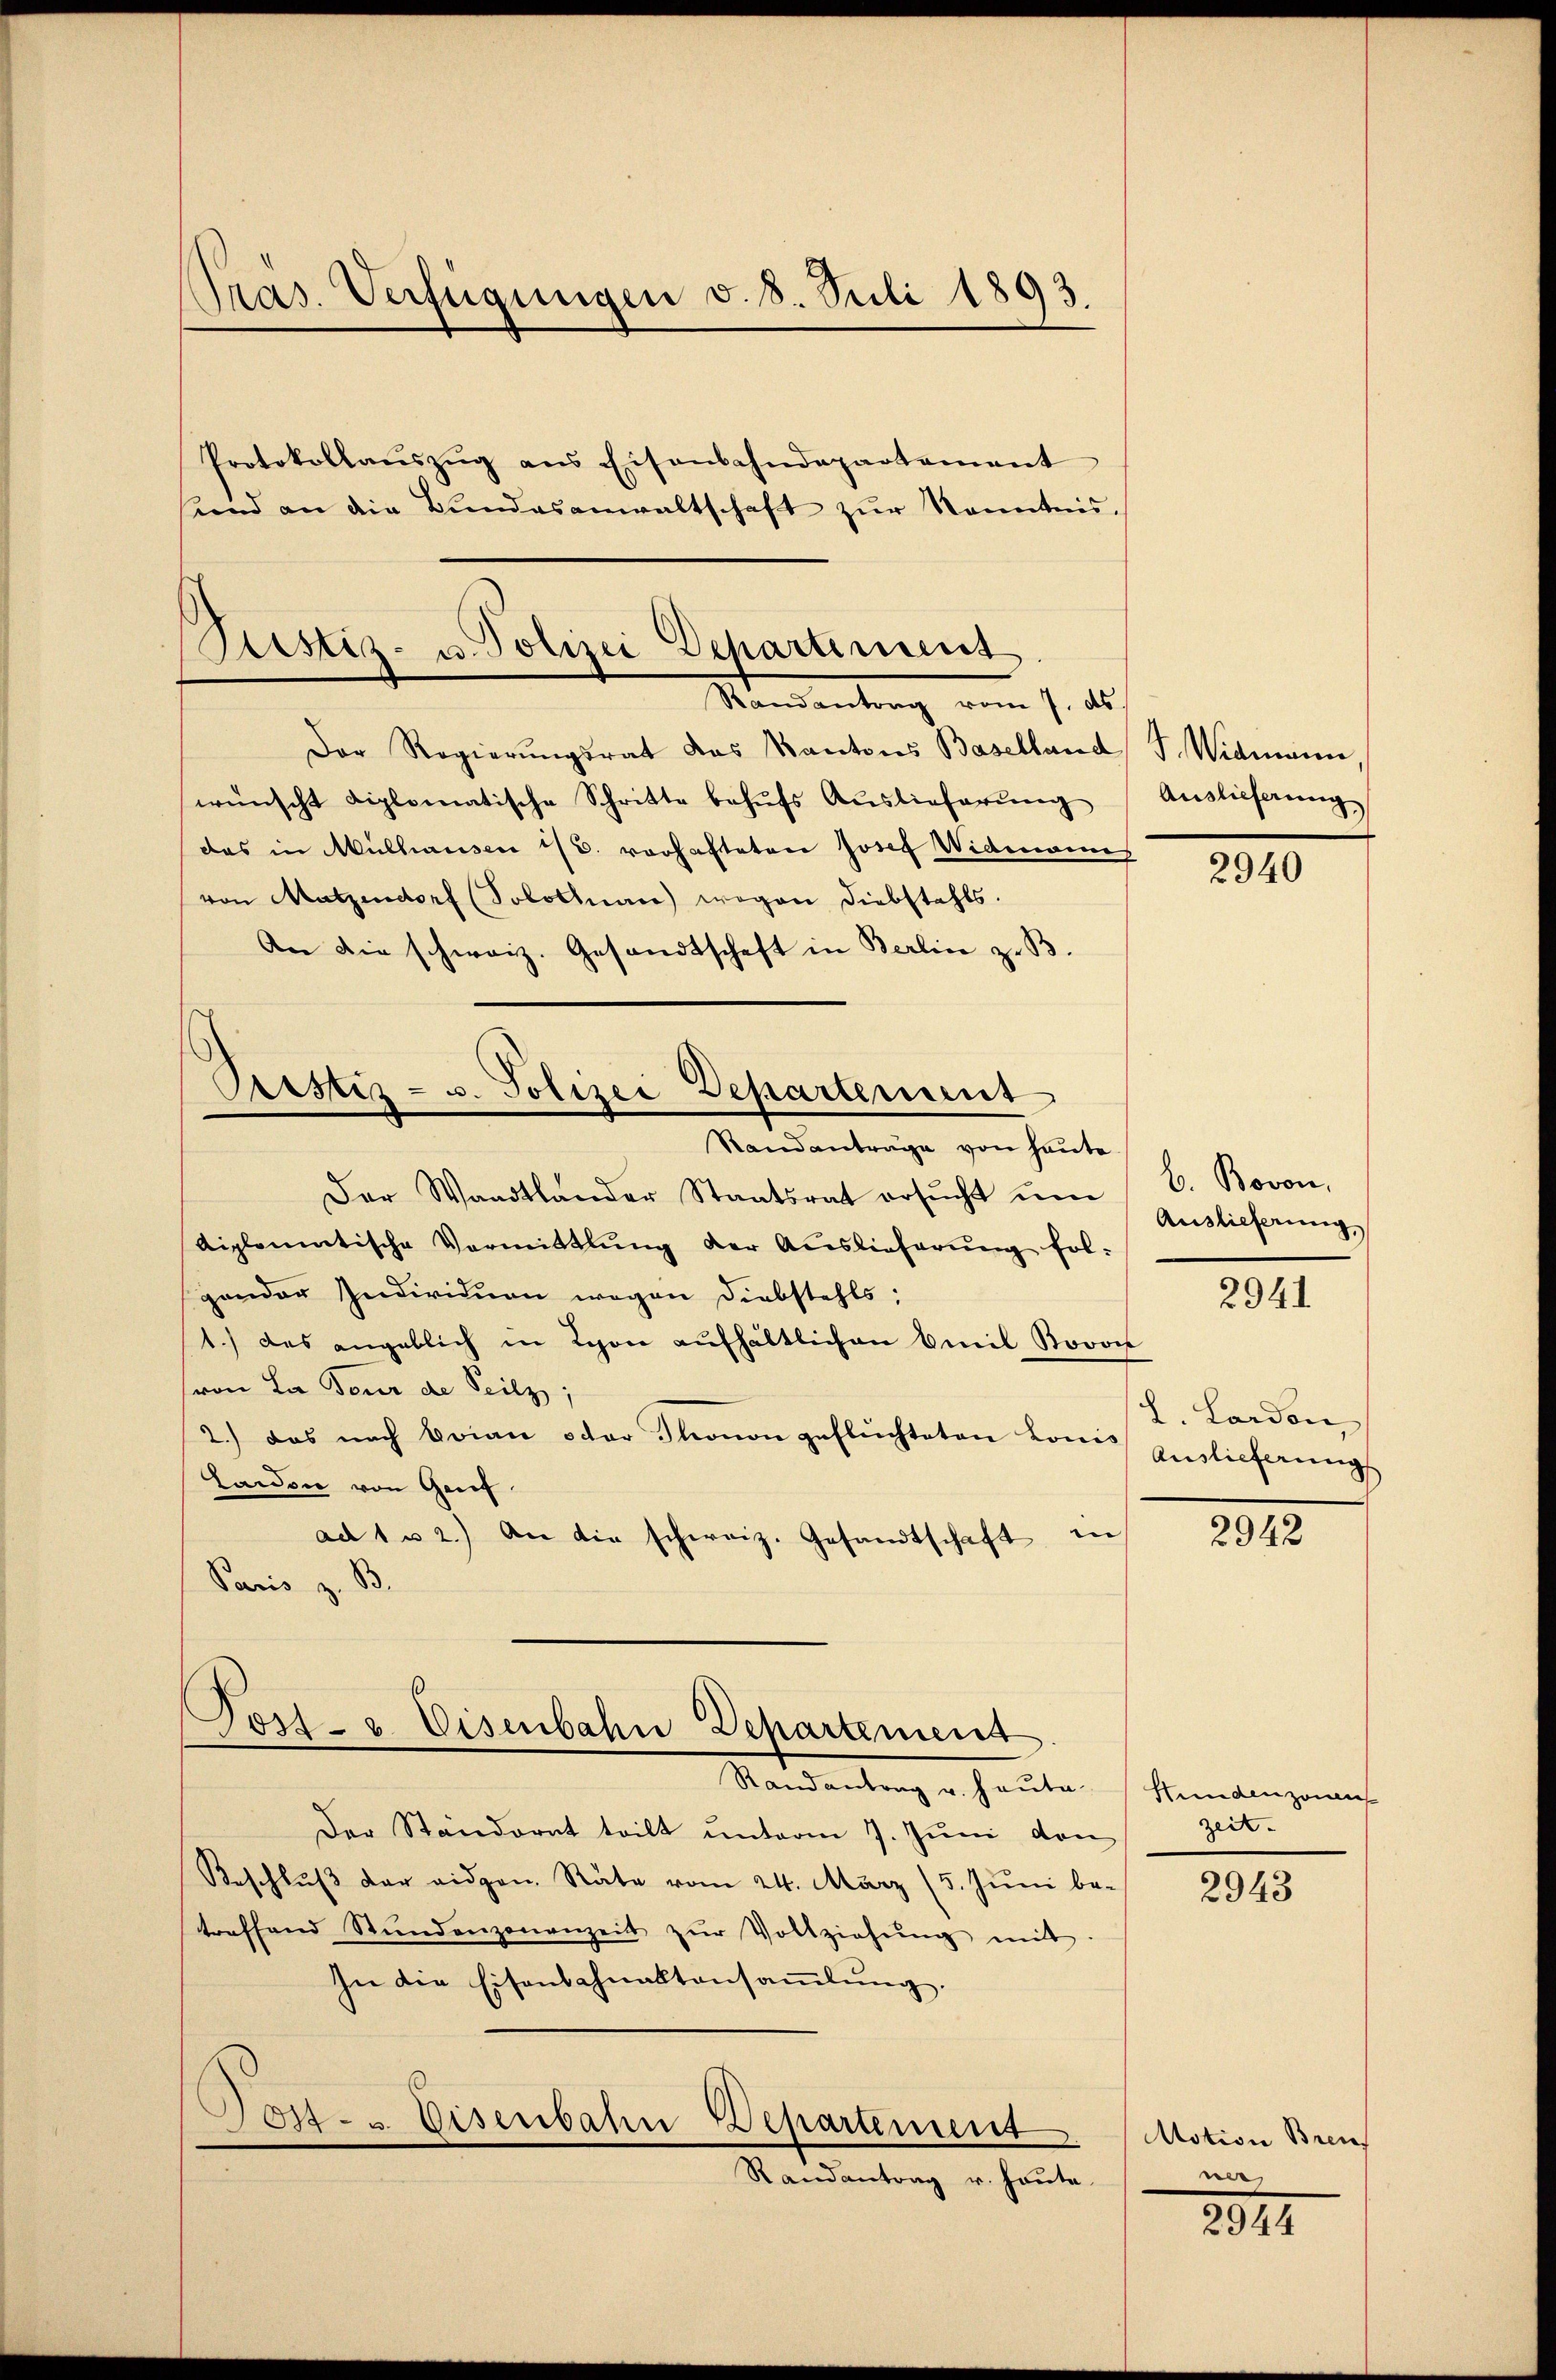
Pras. Verfügungen v. 8. Juli 1893
Protokollaŭszŭg ans Eisenbahndepartement
sind an die Bŭndesanwaltschaft zŭr Kenntnis.

Pristiz- u. Polizei Departement
Mandantrag vom 1. ds
Der Regierŭngsrat das Kantons Baselland J. Widmann,

Der Wandtlander Staatsrat ersŭcht ŭm 8. Bovon,
Aiplomatische Vermittlung der Auslieferŭng fol-
gender Individuen wegen Diebstahls,
1.) das angeblich in Lyon aufhältlichen Emil Rovon
(von La Tour de Seilz;
2.) das nach brian oder Thonon geflüchteten Lonis Auslieferungs
Laudon von Greif
ad 1 u 2.) An die schweiz. Gesandtschaft in
Paris z. B.

wünscht diplomatische Schritte behŭfs Auslieferŭng Auslieferung
das in Mülhausen 1/6. vorhafteten Josef Widmannes
von Matzendorf (Solothurn wegen Diebstahls.
An die schweiz. Gesandtschaft in Berlin z. B.

Pcstiz- u. Polizei Departement
Standanträge von heute

Post- u. Eisenbahn Departement

Mandantrag u. heute, Senningerung
Der Ständerat teilt unterm 7. Juni den
Beschlŭβ der eidgen. Räte vom 24. März (5. Juni betreffend Stŭndenzonenzeit zŭr Vollziehŭng mit
In die Eisenbahnaltansaṁlŭng.
Post- u. Eisenbahn Departement
Randantrag u. heute.

2940

Auslieferung,

2941

Lardon

2942

zeit.

2943

Motion Breis
ner

2841.